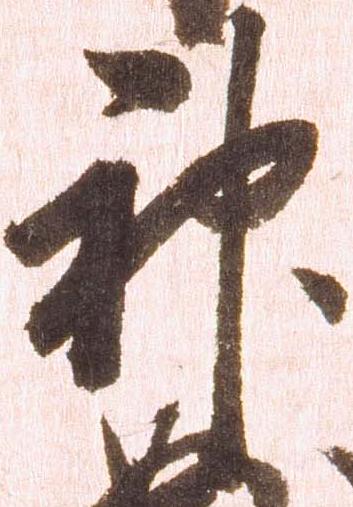
神